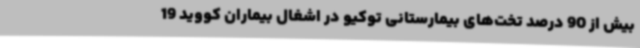
بیش از 90 درصد تخت‌های بیمارستانی توکیو در اشغال بیماران کووید 19